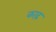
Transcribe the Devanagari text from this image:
काढ़